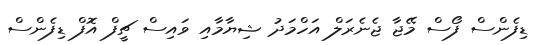
ޑިފެންސް ފޯސް މޭޖާ ޖެނެރަލް އަހްމަދު ޝިޔާމާއި ވައިސް ޗީފް އޮފް ޑިފެންސް